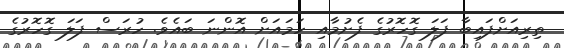
ތިރިއަށްފައިބާ ފަލަ ގޮހޮރުގެ ފެށުމާއި ހަމައަށް އޮންނަ ބައެވެ. ހުރަސް ފަލަ ގޮހޮރުގެ